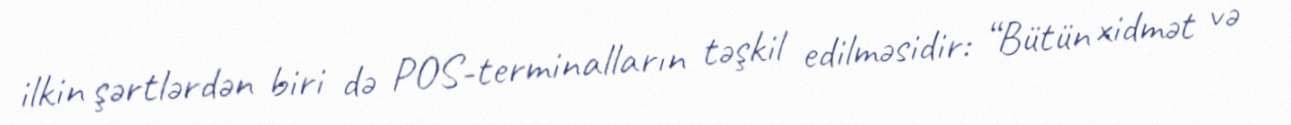
ilkin şərtlərdən biri də POS-terminalların təşkil edilməsidir: “Bütün xidmət və